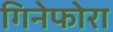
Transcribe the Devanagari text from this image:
गिनेफोरा